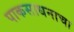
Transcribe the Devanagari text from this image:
पाकसाधनाचा